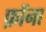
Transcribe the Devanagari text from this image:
फ़ॉना